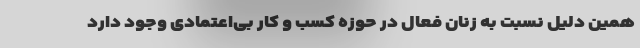
همین دلیل نسبت به زنان فعال در حوزه کسب و کار بی‌اعتمادی وجود دارد